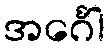
အင်္ဂေါ